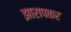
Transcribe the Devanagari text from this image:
झारापकर